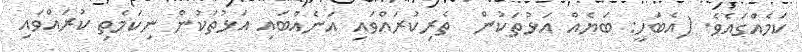
ކަމެއްގައެވެ. (އެބަހީ: ބަޔެއް އަޅުތަކުން  ތެރިކުރައްވައި އަނެއްބައި އަޅުތަކުން ނިކަމެތި ކުރައްވައި